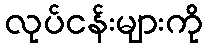
လုပ်ငန်းများကို